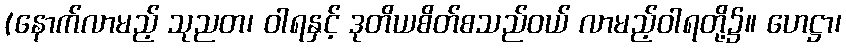
(နောက်လာမည့် သုညတ၊ ဝါရနှင့် ဒုတိယစိတ်စသည်ဝယ် လာမည့်ဝါရတို့၌။ ဟေဋ္ဌာ၊